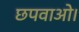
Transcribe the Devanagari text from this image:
छपवाओ।